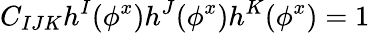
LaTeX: C_{IJK}h^{I}(\phi^{x})h^{J}(\phi^{x})h^{K}(\phi^{x})=1